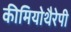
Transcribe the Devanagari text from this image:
कीमियोथैरेपी